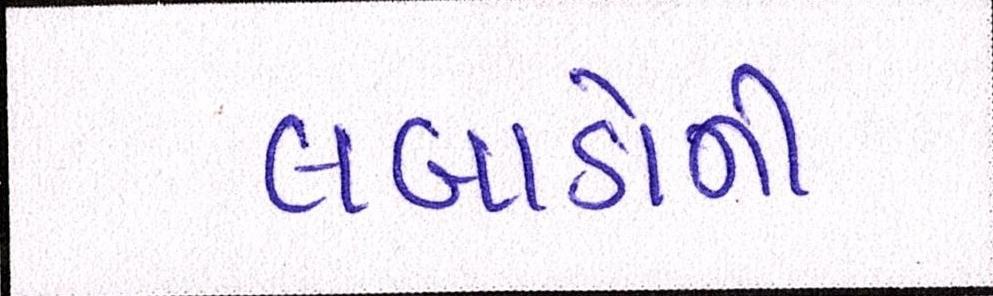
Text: લબાડોની